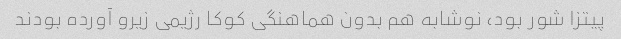
پیتزا شور بود، نوشابه هم بدون هماهنگی کوکا رژیمی زیرو آورده بودند